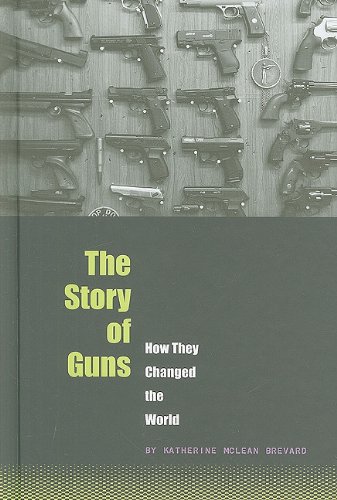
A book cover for The Story of Guns: How They Changed the World (The World Transformed); Davis Worth Miller; Children's Books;